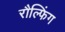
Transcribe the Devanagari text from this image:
रौल्फिंग